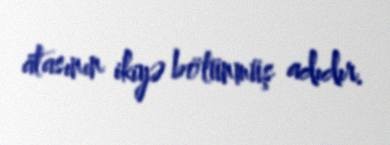
atasının ikiyə bölünmüş adıdır.